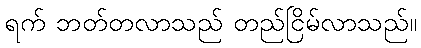
ရက် ဘတ်တလာသည် တည်ငြိမ်လာသည်။